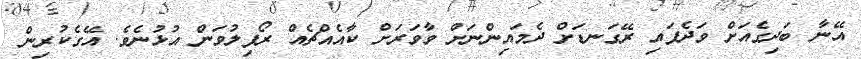
އޭނާ ބަދިގެއަށް ވަދެފައި ރޭގަނޑަށް ދެމައިންނަށް ވާވަރަށް ކާއެއްޗެއް ރޯފިލުވަން އުޅުނެވެ. އޭގެކުރިން